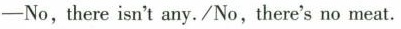
-No,there isn't any./No,there's no meat.